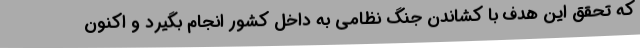
که تحقق این هدف با کشاندن جنگ نظامی به داخل کشور انجام بگیرد و اکنون